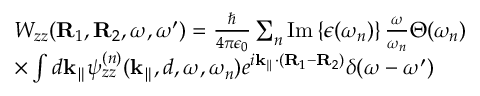
\begin{array} { r l } & { W _ { z z } ( { \bf R } _ { 1 } , { \bf R } _ { 2 } , \omega , \omega ^ { \prime } ) = \frac { \hbar } { 4 \pi \epsilon _ { 0 } } \sum _ { n } \mathrm { I m } \left\{ \epsilon ( \omega _ { n } ) \right\} \frac { \omega } { \omega _ { n } } \Theta ( \omega _ { n } ) } \\ & { \times \int d { { \bf k } _ { \parallel } } \psi _ { z z } ^ { ( n ) } ( { { \bf k } _ { \parallel } } , d , \omega , \omega _ { n } ) e ^ { i { { \bf k } _ { \parallel } } \cdot ( { \bf R } _ { 1 } - { \bf R } _ { 2 } ) } \delta ( \omega - \omega ^ { \prime } ) } \end{array}